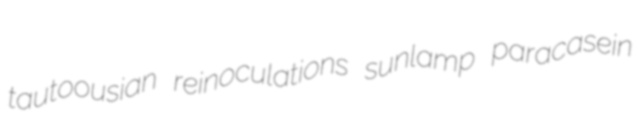
tautoousian reinoculations sunlamp paracasein